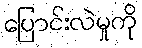
ပြောင်းလဲမှုကို